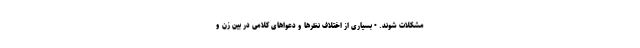
مشکلات شوند. • بسیاری از اختلاف نظرها و دعواهای کلامی در بین زن و